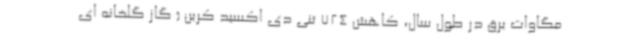
مگاوات برق در طول سال، کاهش 724 تنی دی اکسید کربن ( گاز گلخانه ای